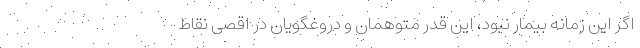
اگر این زمانه بیمار نبود، این قدر متوهمان و دروغگویان در اقصی نقاط